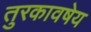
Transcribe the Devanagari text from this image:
तुरकावषेय